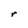
Character: r